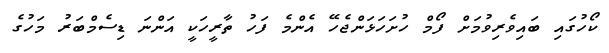
ކޯހުގައި ބައިވެރިވުމަށް ފޯމް ހުށަހަޅަންޖެހޭ އެންމެ ފަހު ތާރީހަކީ އަންނަ ޑިސެމްބަރު މަހުގެ